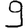
Digit: 9